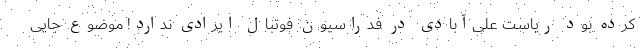
کرده بود ریاست علی‌آبادی در فدراسیون فوتبال ایرادی ندارد! موضوع جایی